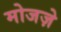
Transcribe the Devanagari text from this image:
मोजज़े